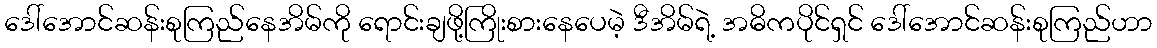
ဒေါ်အောင်ဆန်းစုကြည်နေအိမ်ကို ရောင်းချဖို့ကြိုးစားနေပေမဲ့ ဒီအိမ်ရဲ့ အဓိကပိုင်ရှင် ဒေါ်အောင်ဆန်းစုကြည်ဟာ